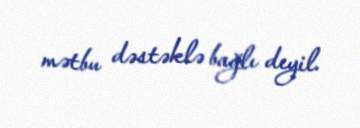
mətbu dəstəklə bağlı deyil.